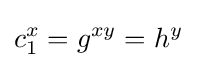
c_{1}^{x}=g^{xy}=h^{y}